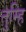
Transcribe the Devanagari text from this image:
तुम्हि